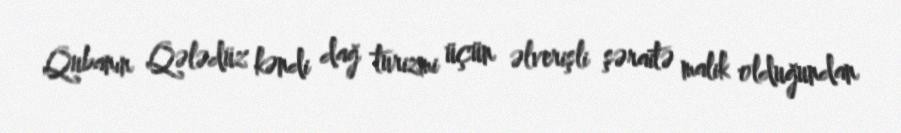
Qubanın Qələdüz kəndi dağ turizmi üçün əlverişli şəraitə malik olduğundan